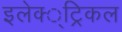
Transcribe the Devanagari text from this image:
इलेक्‍्ट्रिकल